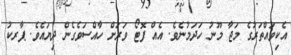
އެކިވައްތަރުގެ މަޖާ މޫނު ހަދަމުނެވެ. އެއް ފޮޓޯ ވަރަށް ހާއްސަވެގެން ދިޔައެވެ. ޕާރކު